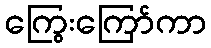
ကြွေးကြော်ကာ